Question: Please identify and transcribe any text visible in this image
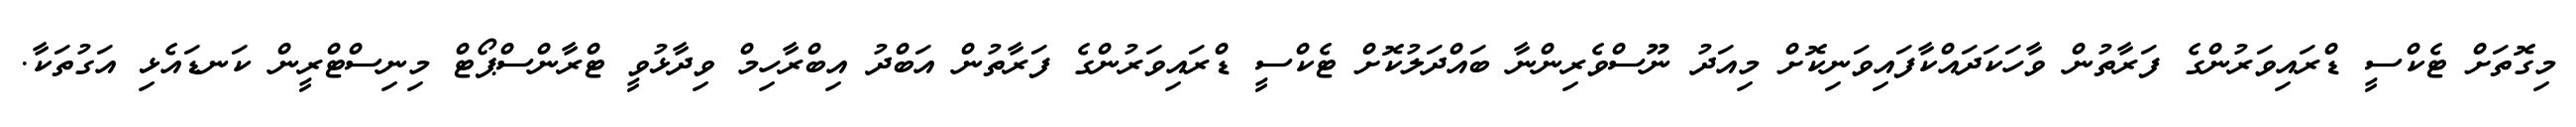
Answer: މިގޮތަށް ޓެކްސީ ޑްރައިވަރުންގެ ފަރާތުން ވާހަކަދައްކާފައިވަނިކޮށް މިއަދު ނޫސްވެރިންނާ ބައްދަލުކޮށް ޓެކްސީ ޑްރައިވަރުންގެ ފަރާތުން އަބްދު އިބްރާހިމް ވިދާޅުވީ ޓްރާންސްޕޯޓް މިނިސްޓްރީން ކަނޑައެޅި އަގުތަކާ.